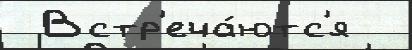
 Встр'еча́ютс'я